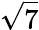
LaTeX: \sqrt{7}